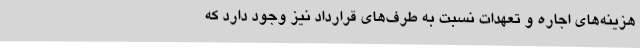
هزینه‌های اجاره و تعهدات نسبت به طرف‌های قرارداد نیز وجود دارد که